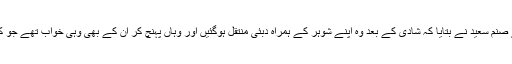
پروگرام میں گفتگو کرتے ہوئے صنم سعید نے بتایا کہ شادی کے بعد وہ اپنے شوہر کے ہمراہ دبئی منتقل ہوگئیں اور وہاں پہنچ کر ان کے بھی وہی خواب تھے جو کہ ایک عام لڑکی کے ہوتے ہیں۔